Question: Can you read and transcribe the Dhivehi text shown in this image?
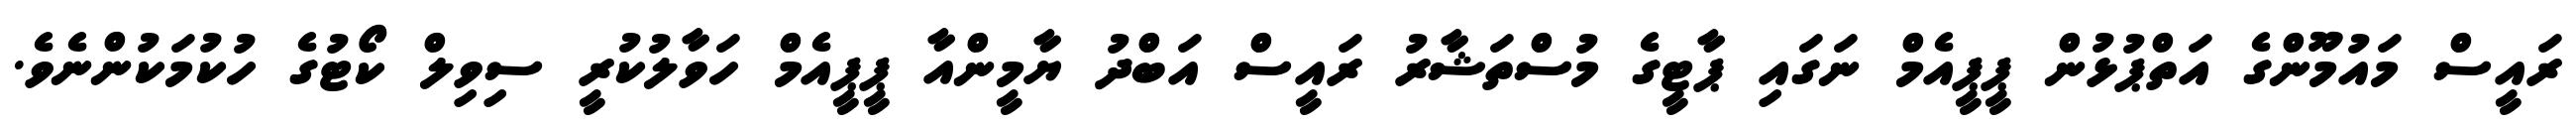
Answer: ރައީސް މައުމޫންގެ އަތްޕުޅުން ޕީޕީއެމް ނަގައި ޕާޓީގެ މުސްތަޝާރު ރައީސް އަބްދު ޔާމީންއާ ޕީޕީއެމް ހަވާލުކުރީ ސިވިލް ކޯޓުގެ ހުކުމަކުންނެވެ.